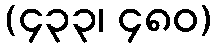
(၄၃၃၊ ၄၈၀)